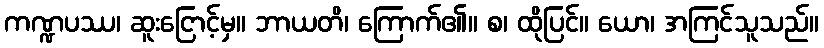
ကဏ္ဍပဿ၊ ဆူးငြောင့်မှ။ ဘာယတိ၊ ကြောက်၏။ စ၊ ထိုပြင်။ ယော၊ အကြင်သူသည်။